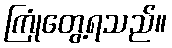
ကြုံတွေ့ရသည်။